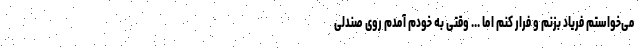
می‌خواستم فریاد بزنم و فرار کنم اما ... وقتی به خودم آمدم روی صندلی